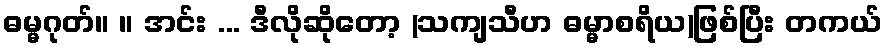
ဓမ္မဂုတ်။ ။ အင်း ... ဒီလိုဆိုတော့ (သကျသီဟ ဓမ္မာစရိယ)ဖြစ်ပြီး တကယ်